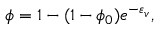
\phi = 1 - ( 1 - \phi _ { 0 } ) e ^ { - \varepsilon _ { v } } ,